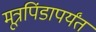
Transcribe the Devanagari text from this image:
मूत्रपिंडापर्यंत